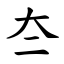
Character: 夳